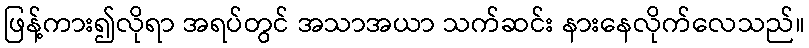
ဖြန့်ကား၍လိုရာ အရပ်တွင် အသာအယာ သက်ဆင်း နားနေလိုက်လေသည်။